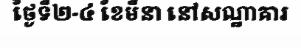
ថ្ងៃទី២-៤ ខែមីនា នៅសណ្ឋាគារ